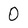
Character: 0